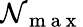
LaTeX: \mathcal{N}_{\mathrm{{~m~a~x~}}}